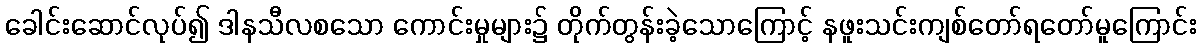
ခေါင်းဆောင်လုပ်၍ ဒါနသီလစသော ကောင်းမှုများ၌ တိုက်တွန်းခဲ့သောကြောင့် နဖူးသင်းကျစ်တော်ရတော်မူကြောင်း